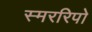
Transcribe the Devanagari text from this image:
स्मररिपो